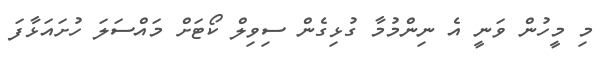
މި މީހުން ވަނީ އެ ނިންމުމާ ގުޅިގެން ސިވިލް ކޯޓަށް މައްސަލަ ހުށައަޅާފަ